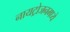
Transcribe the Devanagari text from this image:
नायट्रोजनमध्ये